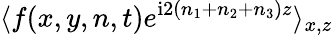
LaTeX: \langle f(x,y,n,t)e^{\mathrm{i}2(n_{1}+n_{2}+n_{3})z}\rangle_{x,z}